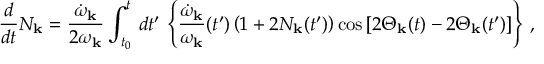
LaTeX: { \frac { d } { d t } } { \cal N } _ { \bf k } = { \frac { \dot { \omega } _ { \bf k } } { 2 \omega _ { \bf k } } } \int _ { t _ { 0 } } ^ { t } \, d t ^ { \prime } \, \left\{ { \frac { \dot { \omega } _ { \bf k } } { \omega _ { \bf k } } } ( t ^ { \prime } ) \left( 1 + 2 { \cal N } _ { \bf k } ( t ^ { \prime } ) \right) \cos \left[ 2 \Theta _ { \bf k } ( t ) - 2 \Theta _ { \bf k } ( t ^ { \prime } ) \right] \right\} \, ,